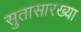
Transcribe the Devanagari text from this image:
सुतासारख्या